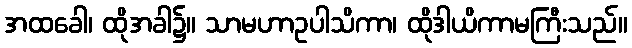
အထခေါ၊ ထိုအခါ၌။ သာမဟာဥပါသိကာ၊ ထိုဒါယိကာမကြီးသည်။